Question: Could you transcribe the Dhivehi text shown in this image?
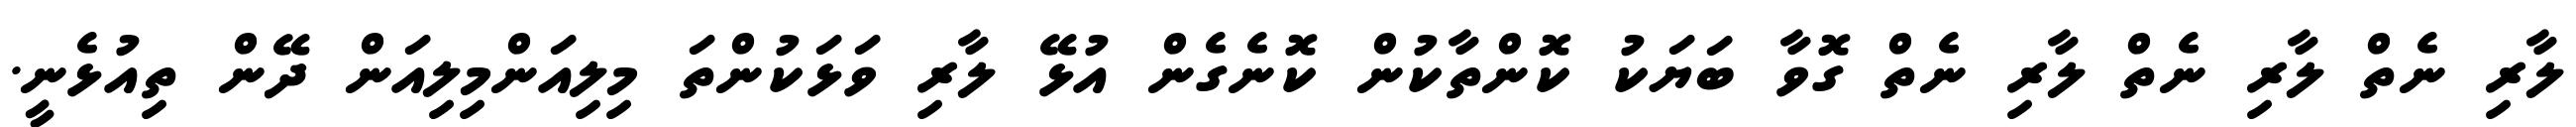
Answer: ލާރި ނެތް ލާރި ނެތް ލާރި ނެތް ގޮވާ ބަޔަކު ކޮންތާކުން ކޮނެގެން އުޅޭ ލާރި ވަޅަކުންތަ މިލިއަންމިލިއަން ދޭން ތިއުޅެނީ.